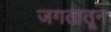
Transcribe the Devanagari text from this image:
जगतातून